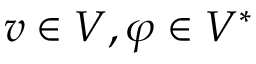
v \in V , \varphi \in V ^ { * }